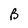
Character: B